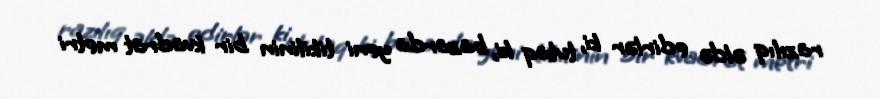
razılıq əldə edirlər ki, tutaq ki, bazarda yeni tikilinin bir kvadrat metri